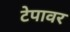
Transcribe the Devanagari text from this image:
टेपावर